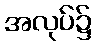
အလုပ်၌